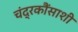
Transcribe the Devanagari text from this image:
चंद्रकौंसाशी